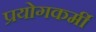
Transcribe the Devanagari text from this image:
प्रयोगकर्मी